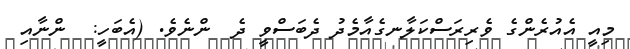
މިއީ އެއުރެންގެ ވެރިރަސްކަލާނގެއާމެދު ދެބަސްވީ ދެ  ންނެވެ. (އެބަހީ:  ންނާއި